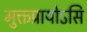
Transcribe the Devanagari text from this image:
मुक्तप्रायोऽसि